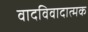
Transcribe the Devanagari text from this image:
वादविवादात्मक